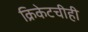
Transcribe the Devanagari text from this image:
क्रिकेटचीही